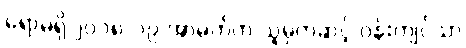
ရောမရှိ ၂၀၁၈/၁၉ အာမက်က သူမှတဆင့် ဝန်းကျင်သာ